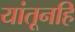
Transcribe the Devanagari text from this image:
यांतूनहि